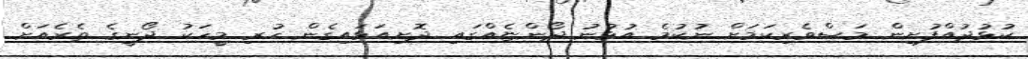
ކުޅުދުއްފުށިން މަސްވެރިކަމަށް ނުކުމެ އުޅުނު ދޯންޏެއްގައި ދޮށިއަޅައިގެން ހުރި މީހަކު ދޯނީގެ ތެރެއަށް